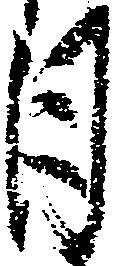
月